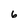
Character: 6